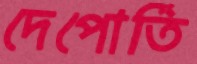
দেপোর্তি